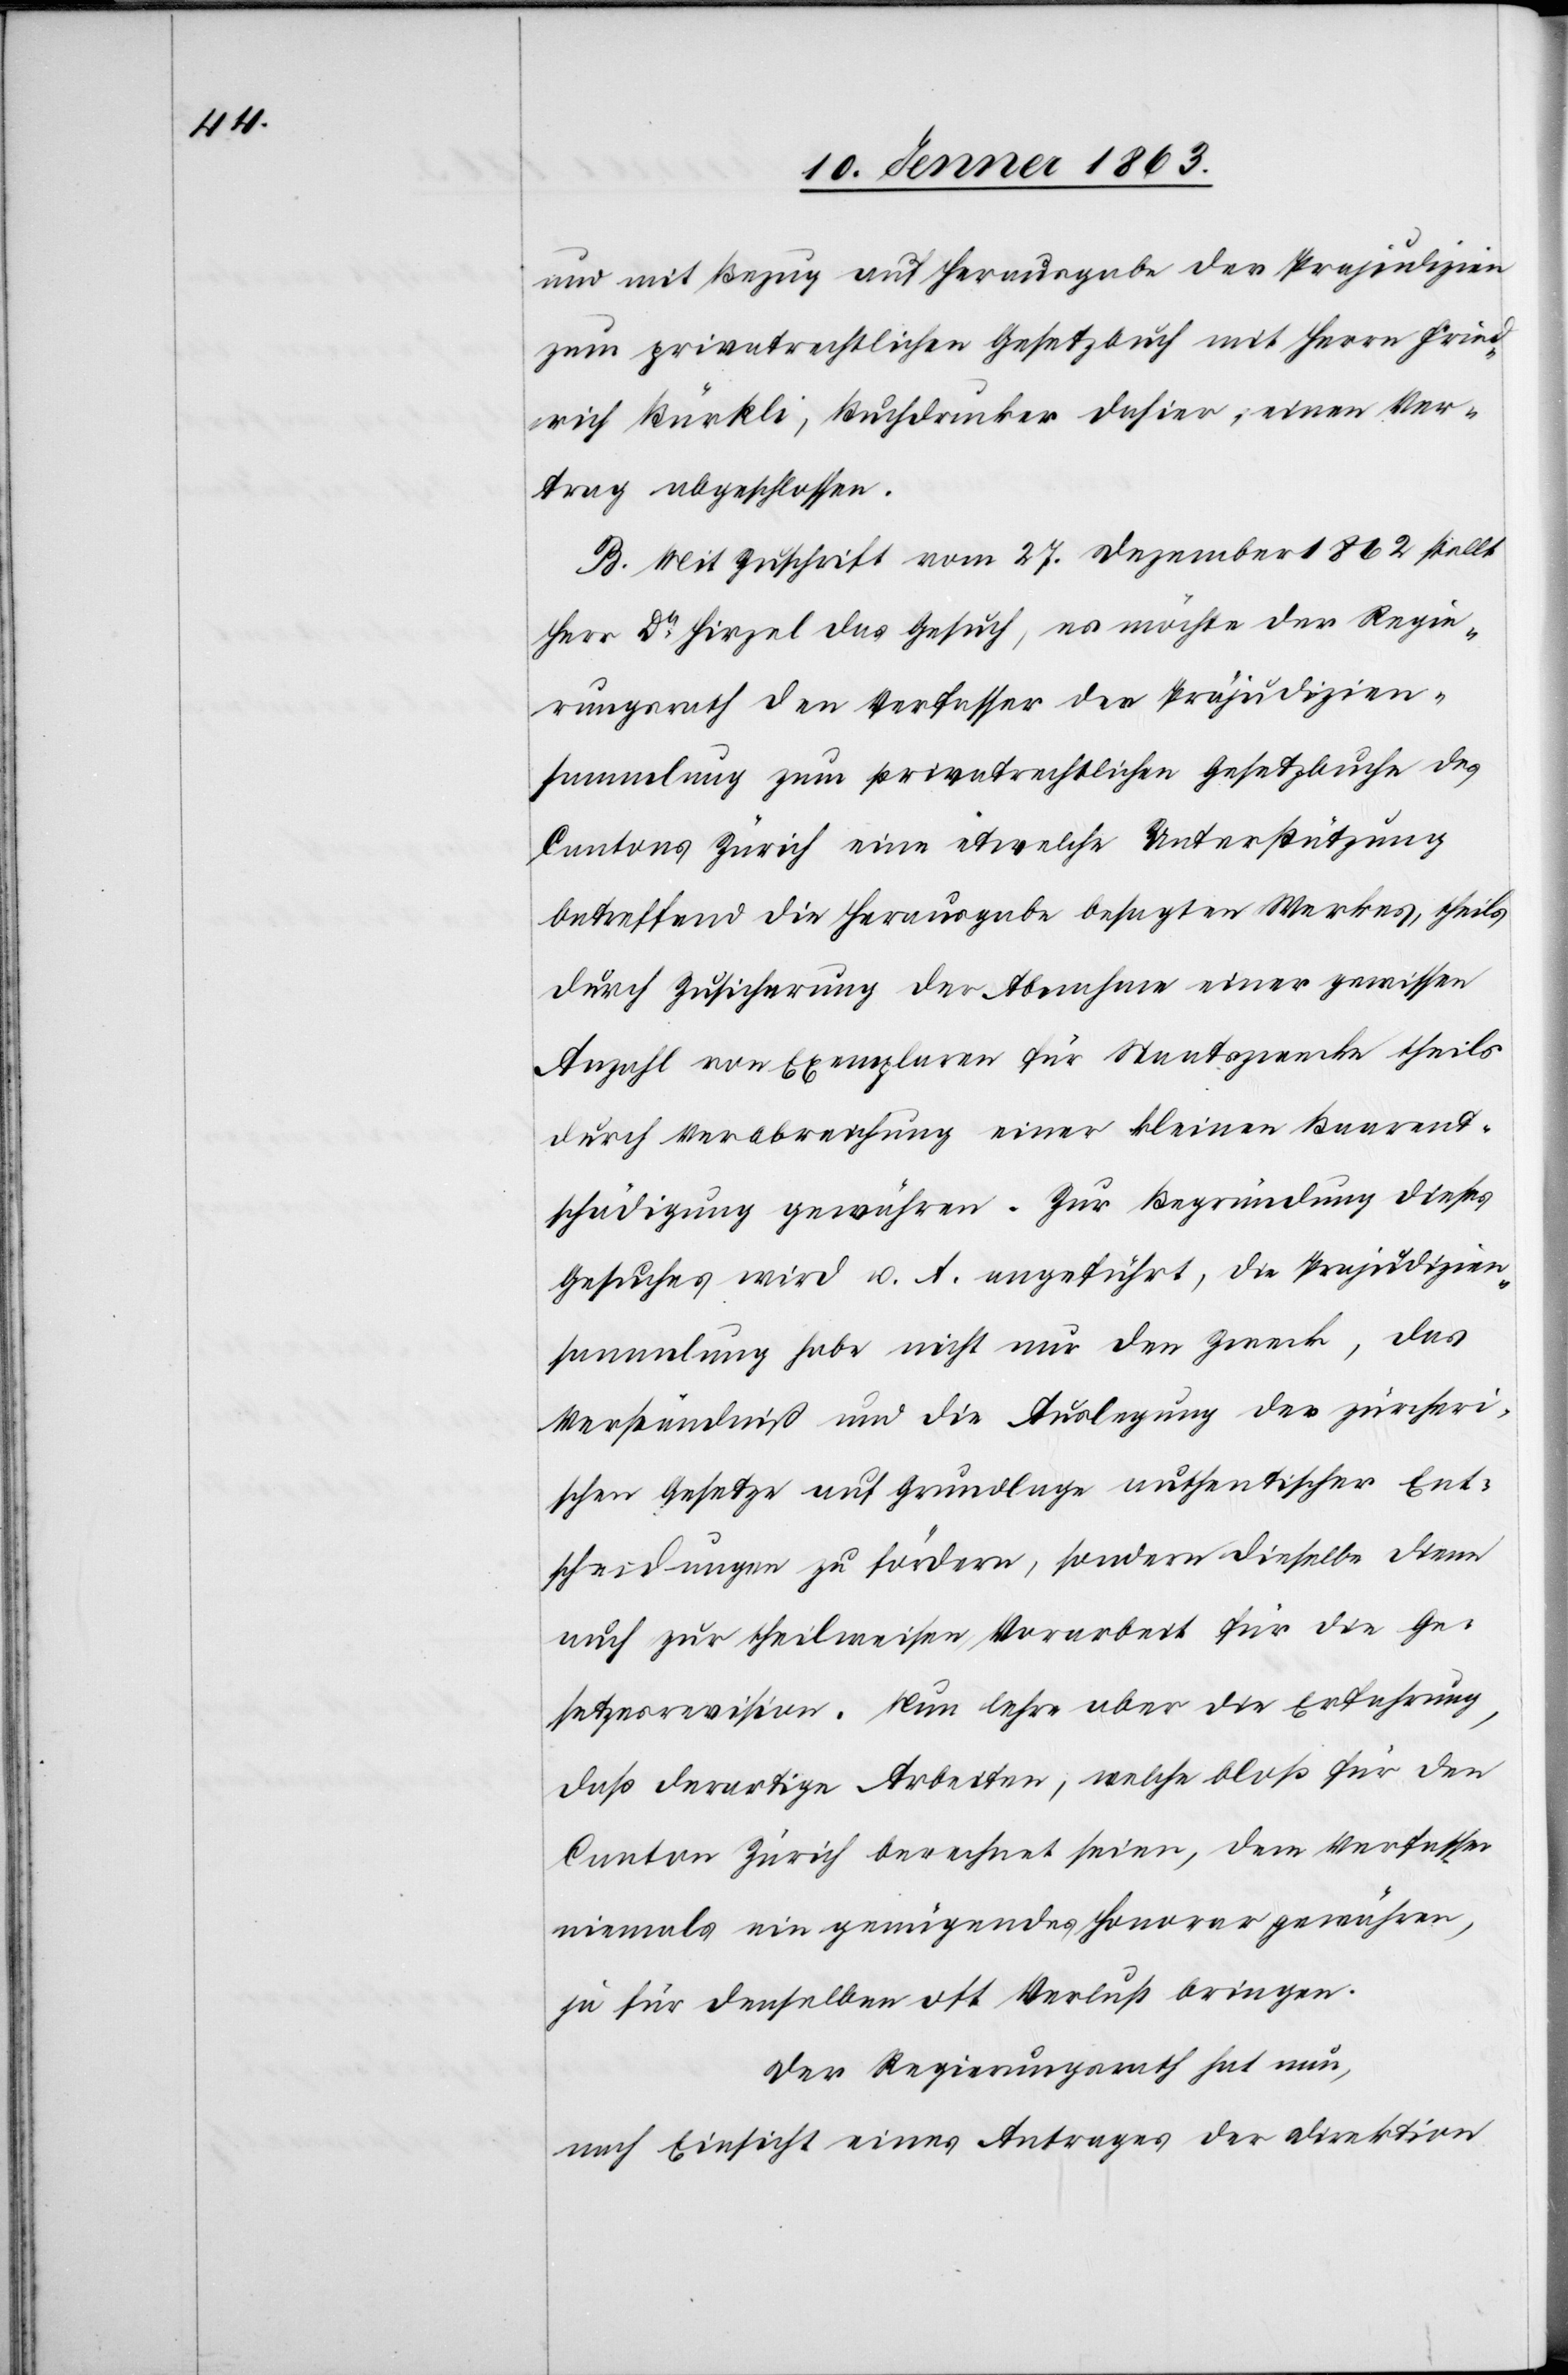
und mit Bezug auf Herausgabe der Prejudizien
zum privatrechtlichen Gesetzbuch mit Herrn Fried¬
rich Bürkli, Buchdrucker dahier, einen Ver¬
trag abgeschlossen.
B. Mit Zuschrift vom 27. Dezember 1862 stellt
Herr Dr Hirzel das Gesuch, es möchte der Regie¬
rungsrath den [sic!] Verfasser der Präjudizien¬
sammlung zum privatrechtlichen Gesetzbuche des
Cantons Zürich eine etwelche Unterstützung
betreffend die Herausgabe besagten Werkes, theils
durch Zusicherung der Abnahme einer gewissen
Anzahl von Exemplaren für Staatszwecke theils
durch Verabreichung einer kleinen Baarent¬
schädigung gewähren. Zur Begründung dieses
Gesuches wird u. A. angeführt, die Prejudizien¬
sammlung habe nicht nur den Zweck, das
Verständniß und die Auslegung der zürcheri¬
schen Gesetze auf Grundlage authentischer Ent¬
scheidungen zu fördern, sondern dieselbe diene
auch zur theilweisen Vorarbeit für die Ge¬
setzesrevision. Nun lehre aber die Erfahrung,
daß derartige Arbeiten, welche bloß für den
Canton Zürich berechnet seien, dem Verfasser
niemals ein genügendes Honorar gewähren,
ja für denselben oft Verlust bringen.
Der Regierungsrath hat nun,
nach Einsicht eines Antrages der Direktion